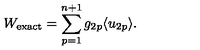
W _ { \mathrm { e x a c t } } = \sum _ { p = 1 } ^ { n + 1 } g _ { 2 p } \langle u _ { 2 p } \rangle .